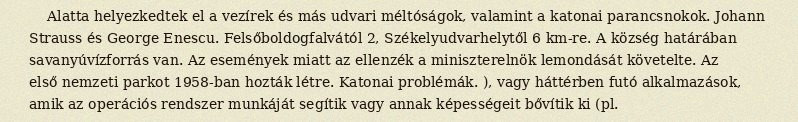
Alatta helyezkedtek el a vezírek és más udvari méltóságok, valamint a katonai parancsnokok. Johann Strauss és George Enescu. Felsőboldogfalvától 2, Székelyudvarhelytől 6 km-re. A község határában savanyúvízforrás van. Az események miatt az ellenzék a miniszterelnök lemondását követelte. Az első nemzeti parkot 1958-ban hozták létre. Katonai problémák. ), vagy háttérben futó alkalmazások, amik az operációs rendszer munkáját segítik vagy annak képességeit bővítik ki (pl.